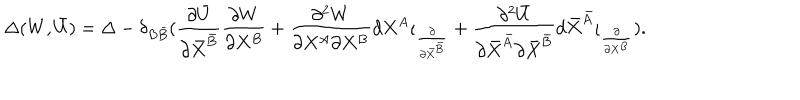
\Delta ( W , \bar { U } ) = \Delta - \delta _ { B \bar { B } } ( \frac { \partial \bar { U } } { \partial \bar { X } ^ { \bar { B } } } \frac { \partial W } { \partial X ^ { B } } + \frac { \partial ^ { 2 } W } { \partial X ^ { A } \partial X ^ { B } } d X ^ { A } \iota _ { \frac { \partial } { \partial \bar { X } ^ { \bar { B } } } } + \frac { \partial ^ { 2 } \bar { U } } { \partial \bar { X } ^ { \bar { A } } \partial \bar { X } ^ { \bar { B } } } d \bar { X } ^ { \bar { A } } \iota _ { \frac { \partial } { \partial X ^ { B } } } ) .